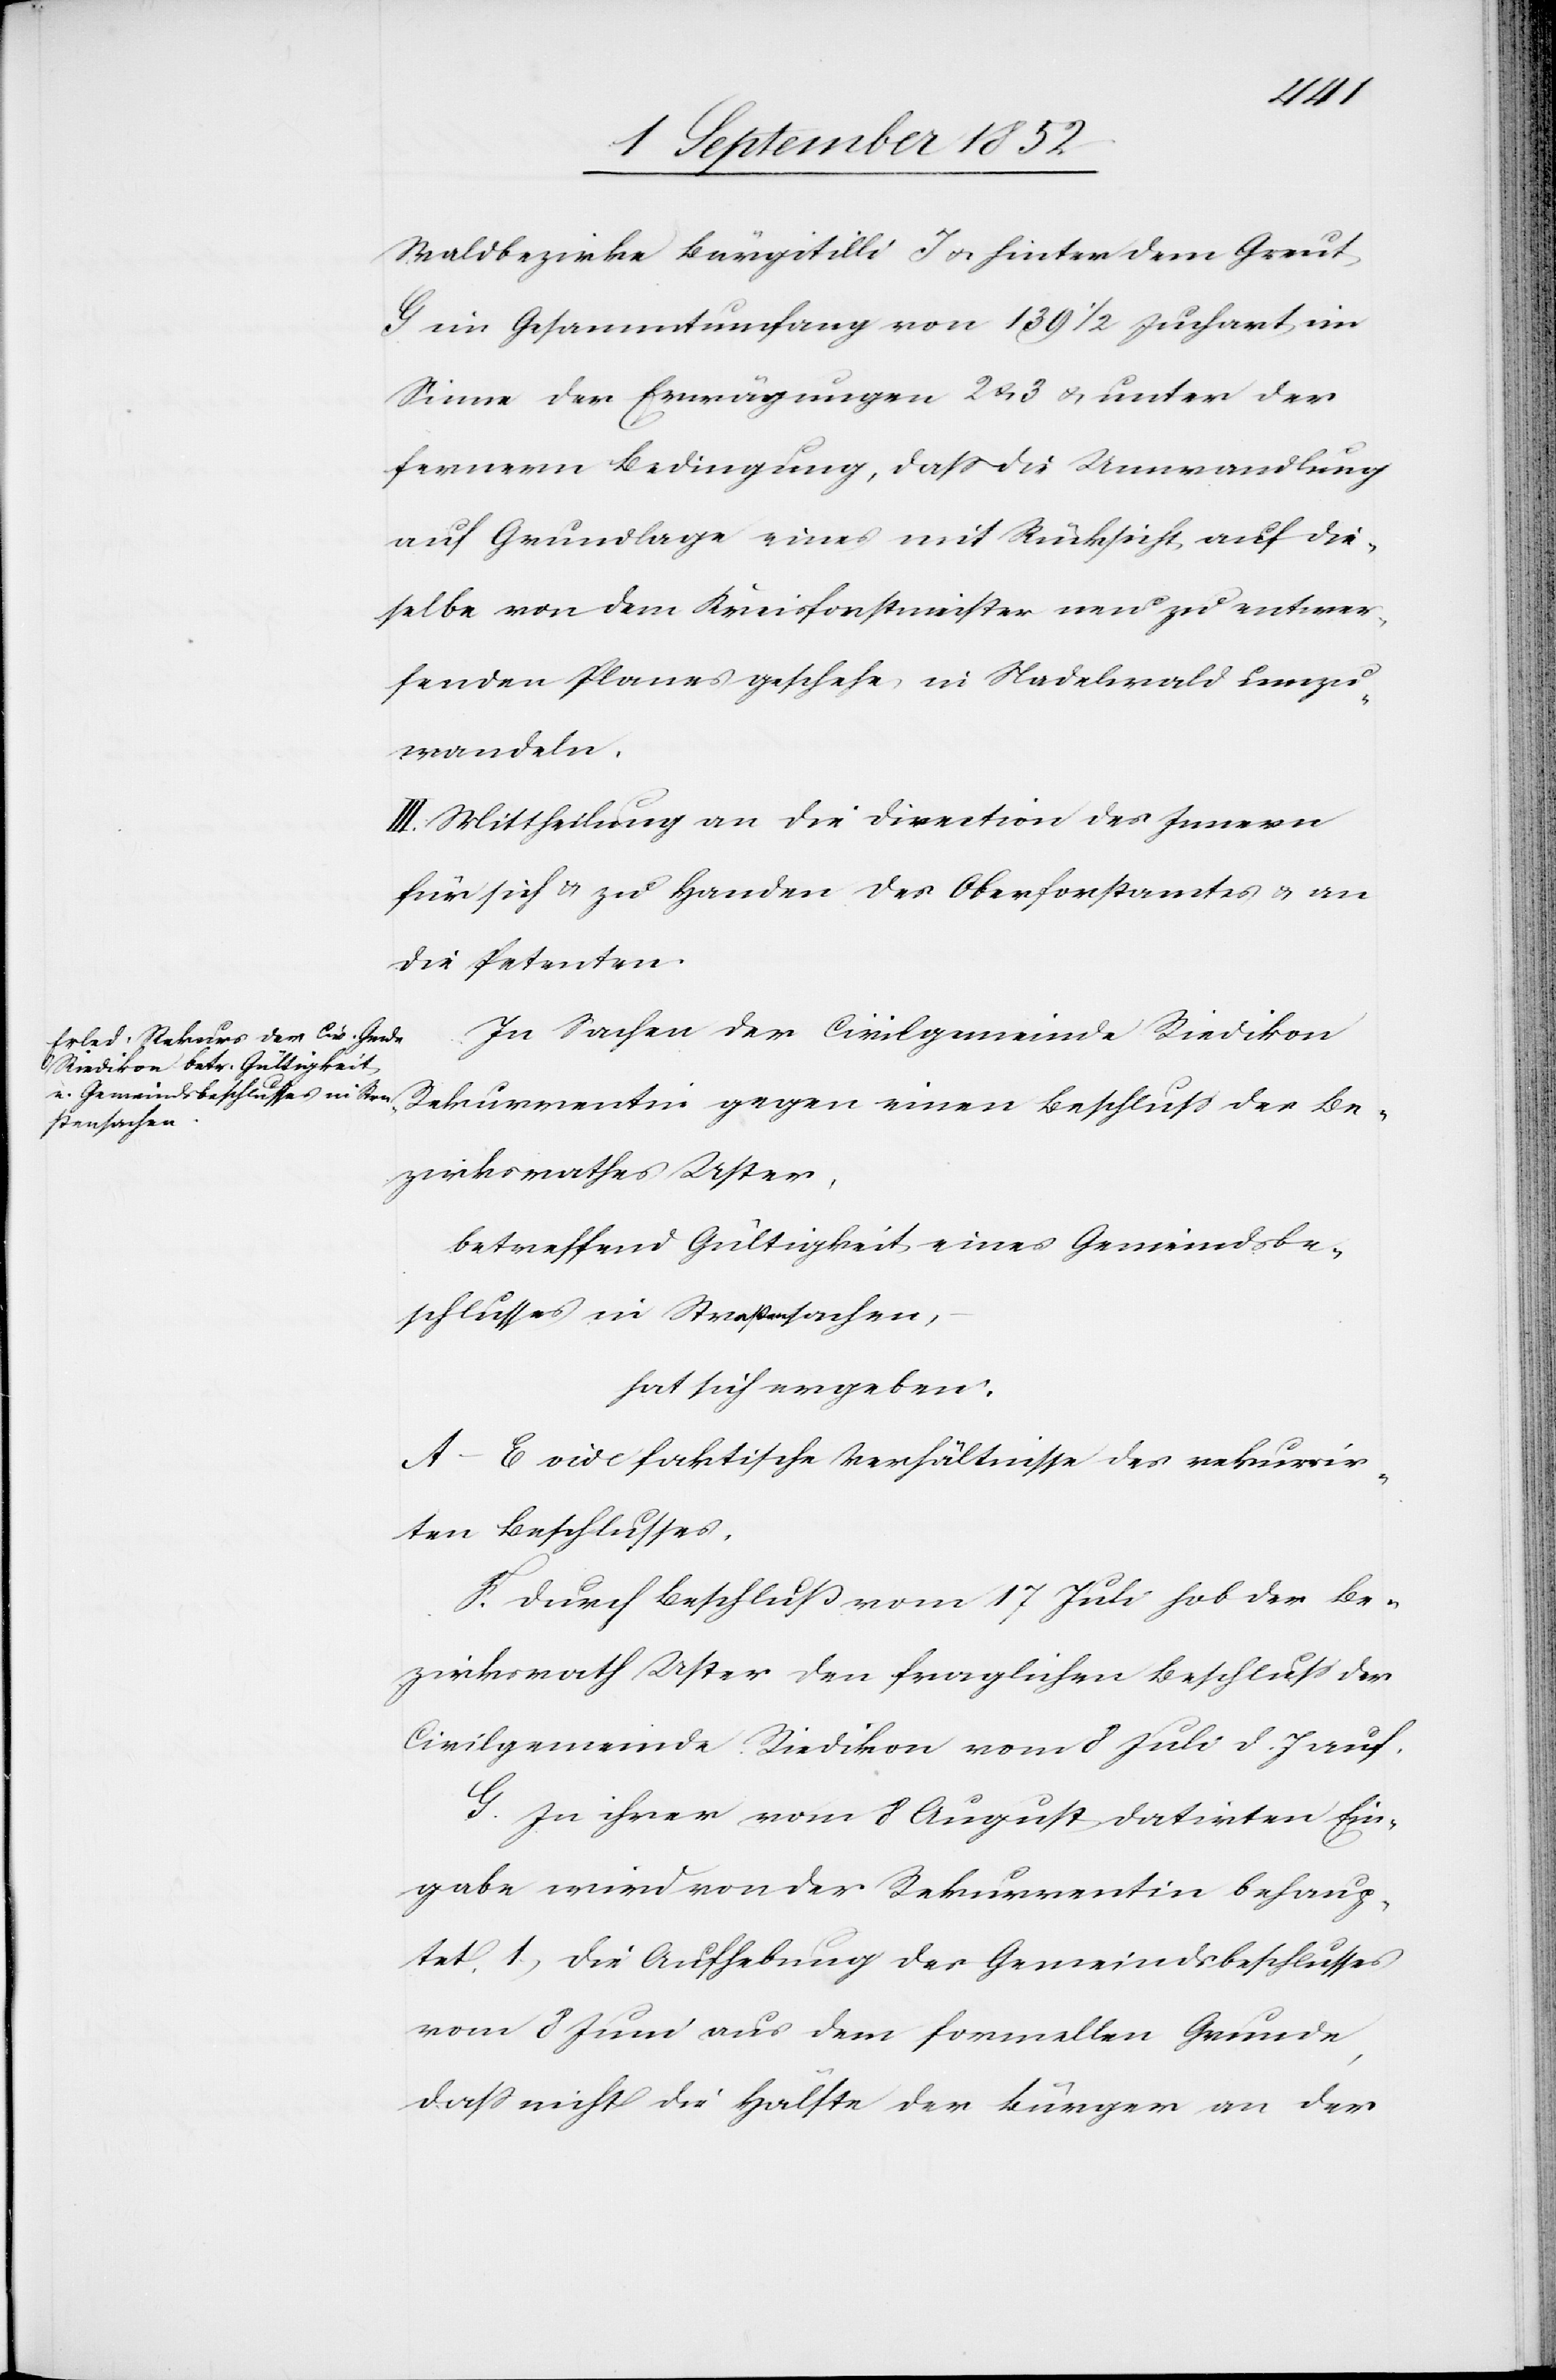
Waldbezirke Bürgitilli J & hinter dem Greut
G im Gesammtumfang von 139 1/2 Juchart im
Sinne der Erwägungen 2 & 3 unter der
fernern Bedingung, dass die Umwandlung
auf Grundlage eines mit Rücksicht auf die¬
selbe von dem Kreisforstmeister neu zu entwer¬
fenden Planes geschehe, in Nadelwald umzu¬
wandeln.
III. Mittheilung an die Direction des Innern
für sich & zu Handen des Oberforstamtes & an
die Petenten.
In Sachen der Civilgemeinde Riedikon
Rekurrentin gegen einen Beschluss des Be¬
zirksrathes Uster,
betreffend Gültigkeit eines Gemeindsbe¬
schlusses in Straßensachen,
hat sich ergeben:
A–E vide faktische Verhältnisse des rekurrir¬
ten Beschlusses.
F. Durch Beschluß vom 17 Juli hob der Be¬
zirksrath Uster den fraglichen Beschluss der
Civilgemeinde Riedikon vom 8 Juli d. J auf.
G. In ihrer vom 8 August datirten Ein¬
gabe wird von der Rekurrentin behaup¬
tet, 1, die Aufhebung des Gemeindsbeschlusses
vom 8 Juni aus dem formellen Grunde,
dass nicht die Hälfte der Bürger an der